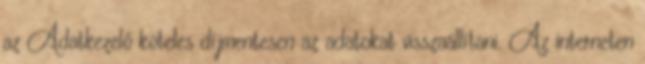
az Adatkezelő köteles díjmentesen az adatokat visszaállítani. Az interneten